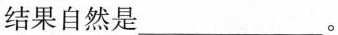
结果自然是___。